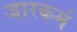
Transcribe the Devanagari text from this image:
जारकर्म